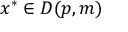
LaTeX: x ^ { * } \in D ( p , m )